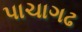
પાચાગઢ